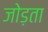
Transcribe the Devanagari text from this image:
जोड़ता